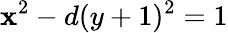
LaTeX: \mathbf{x}^{2}-d(y+1)^{2}=1